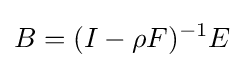
B=(I-\rho F)^{-1}E\;